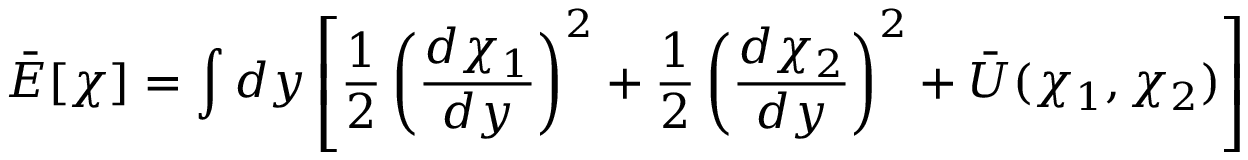
\bar { { \cal E } } [ \chi ] = \int d y \left[ \frac { 1 } { 2 } \left( \frac { d \chi _ { 1 } } { d y } \right) ^ { 2 } + \frac { 1 } { 2 } \left( \frac { d \chi _ { 2 } } { d y } \right) ^ { 2 } + \bar { U } ( \chi _ { 1 } , \chi _ { 2 } ) \right]